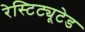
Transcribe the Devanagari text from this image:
रेस्टिट्यूटेड